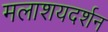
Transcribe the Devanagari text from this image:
मलाशयदर्शन